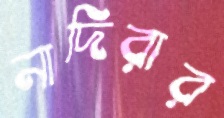
নাদিরার